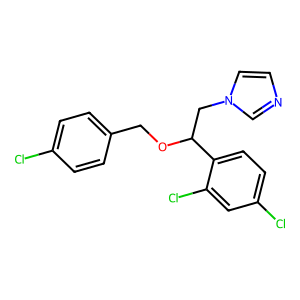
SMILES: Clc1ccc(COC(Cn2ccnc2)c2ccc(Cl)cc2Cl)cc1
Inhibits HIV replication: No